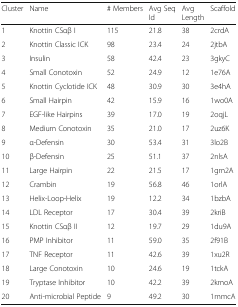
| Cluster | Name | # Members | Avg Seq Id | Avg Length | Scaffold |
 | --- | --- | --- | --- | --- | --- |
 | 1 | Knottin CSαβ I | 115 | 21.8 | 38 | 2crdA |
 | 2 | Knottin Classic ICK | 98 | 23.4 | 24 | 2jtbA |
 | 3 | Insulin | 58 | 42.4 | 23 | 3gkyC |
 | 4 | Small Conotoxin | 52 | 24.9 | 12 | 1e76A |
 | 5 | Knottin Cyclotide ICK | 48 | 30.9 | 30 | 3e4hA |
 | 6 | Small Hairpin | 42 | 15.9 | 16 | 1wo0A |
 | 7 | EGF-like Hairpins | 39 | 17.0 | 19 | 2oqjL |
 | 8 | Medium Conotoxin | 35 | 21.0 | 17 | 2uz6K |
 | 9 | α-Defensin | 30 | 53.4 | 31 | 3lo2B |
 | 10 | β-Defensin | 25 | 51.1 | 37 | 2nlsA |
 | 11 | Large Hairpin | 22 | 21.5 | 17 | 1gm2A |
 | 12 | Crambin | 19 | 56.8 | 46 | 1orlA |
 | 13 | Helix-Loop-Helix | 19 | 12.2 | 34 | 1bzbA |
 | 14 | LDL Receptor | 17 | 30.4 | 39 | 2kriB |
 | 15 | Knottin CSαβ II | 12 | 19.7 | 29 | 1du9A |
 | 16 | PMP Inhibitor | 11 | 59.0 | 35 | 2f91B |
 | 17 | TNF Receptor | 11 | 42.6 | 39 | 1xu2R |
 | 18 | Large Conotoxin | 10 | 24.6 | 19 | 1tckA |
 | 19 | Tryptase Inhibitor | 10 | 42.2 | 39 | 2kmoA |
 | 20 | Anti-microbial Peptide | 9 | 49.2 | 30 | 1mmcA |